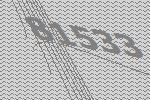
81533